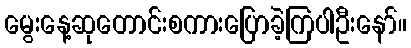
မွေးနေ့ဆုတောင်းစကားပြောခဲ့ကြပါဦးနော်။